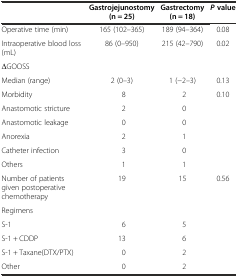
<table><thead><tr><td rowspan="2"></td><td><b>Gastrojejunostomy</b></td><td><b>Gastrectomy</b></td><td rowspan="2"><b><i>P</i>value</b></td></tr><tr><td><b>(n = 25)</b></td><td><b>(n = 18)</b></td></tr></thead><tbody><tr><td>Operative time (min)</td><td>165 (102–365)</td><td>189 (94–364)</td><td>0.08</td></tr><tr><td>Intraoperative blood loss (mL)</td><td>86 (0–950)</td><td>215 (42–790)</td><td>0.02</td></tr><tr><td>ΔGOOSS</td><td></td><td></td><td></td></tr><tr><td>Median (range)</td><td>2 (0–3)</td><td>1 (-2–3)</td><td>0.13</td></tr><tr><td>Morbidity</td><td>8</td><td>2</td><td>0.10</td></tr><tr><td>Anastomotic stricture</td><td>2</td><td>0</td><td></td></tr><tr><td>Anastomotic leakage</td><td>0</td><td>0</td><td></td></tr><tr><td>Anorexia</td><td>2</td><td>1</td><td></td></tr><tr><td>Catheter infection</td><td>3</td><td>0</td><td></td></tr><tr><td>Others</td><td>1</td><td>1</td><td></td></tr><tr><td>Number of patients given postoperative chemotherapy</td><td>19</td><td>15</td><td>0.56</td></tr><tr><td>Regimens</td><td></td><td></td><td rowspan="5"></td></tr><tr><td>S-1</td><td>6</td><td>5</td></tr><tr><td>S-1 + CDDP</td><td>13</td><td>6</td></tr><tr><td>S-1 + Taxane(DTX/PTX)</td><td>0</td><td>2</td></tr><tr><td>Other</td><td>0</td><td>2</td></tr></tbody></table>